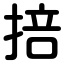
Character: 掊